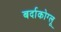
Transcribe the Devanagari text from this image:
बर्दाकोग्लू